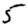
Digit: 5